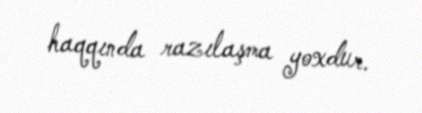
haqqında razılaşma yoxdur.